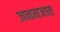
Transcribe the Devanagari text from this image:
जनमजात